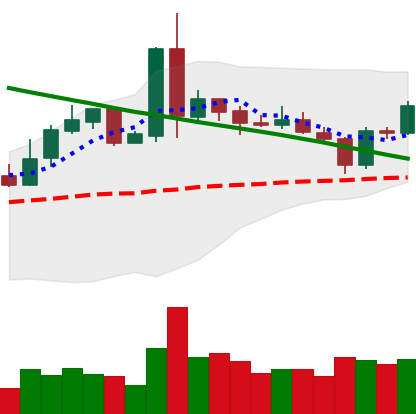
Ticker: NEO-USD
Chart end date: 2019-03-07
Forward return: -3.763%
Label: down_3_5